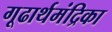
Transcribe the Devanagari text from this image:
गूढार्थमंद्रिका